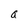
Character: a